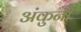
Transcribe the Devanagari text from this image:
अंकुनी